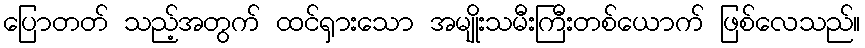
ပြောတတ် သည့်အတွက် ထင်ရှားသော အမျိုးသမီးကြီးတစ်ယောက် ဖြစ်လေသည်။